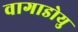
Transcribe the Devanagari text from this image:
वागाडोयु